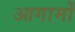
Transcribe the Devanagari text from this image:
आगामों